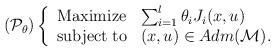
LaTeX: \begin{align*}(\mathcal{P}_\theta)\left\{\begin{array}{cl}{\rm Maximize} & \sum_{i=1}^{l} \theta_i J_i(x,u) \\{\rm subject \; to} & (x,u)\in Adm({\mathcal M}).\end{array}\right.\end{align*}